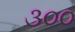
૩૦૦